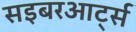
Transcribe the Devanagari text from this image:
सइबरआर्ट्स